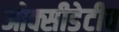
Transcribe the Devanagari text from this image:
ओक्सीडेटीव